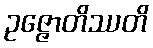
ဥဇ္ဇောတိဿတိ